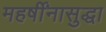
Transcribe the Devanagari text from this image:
महर्षींनासुद्धा